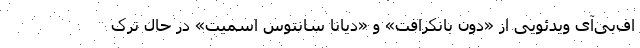
اف‌بی‌آی ویدئویی از «دون بانکرافت» و «دیانا سانتوس اسمیت» در حال تَرک